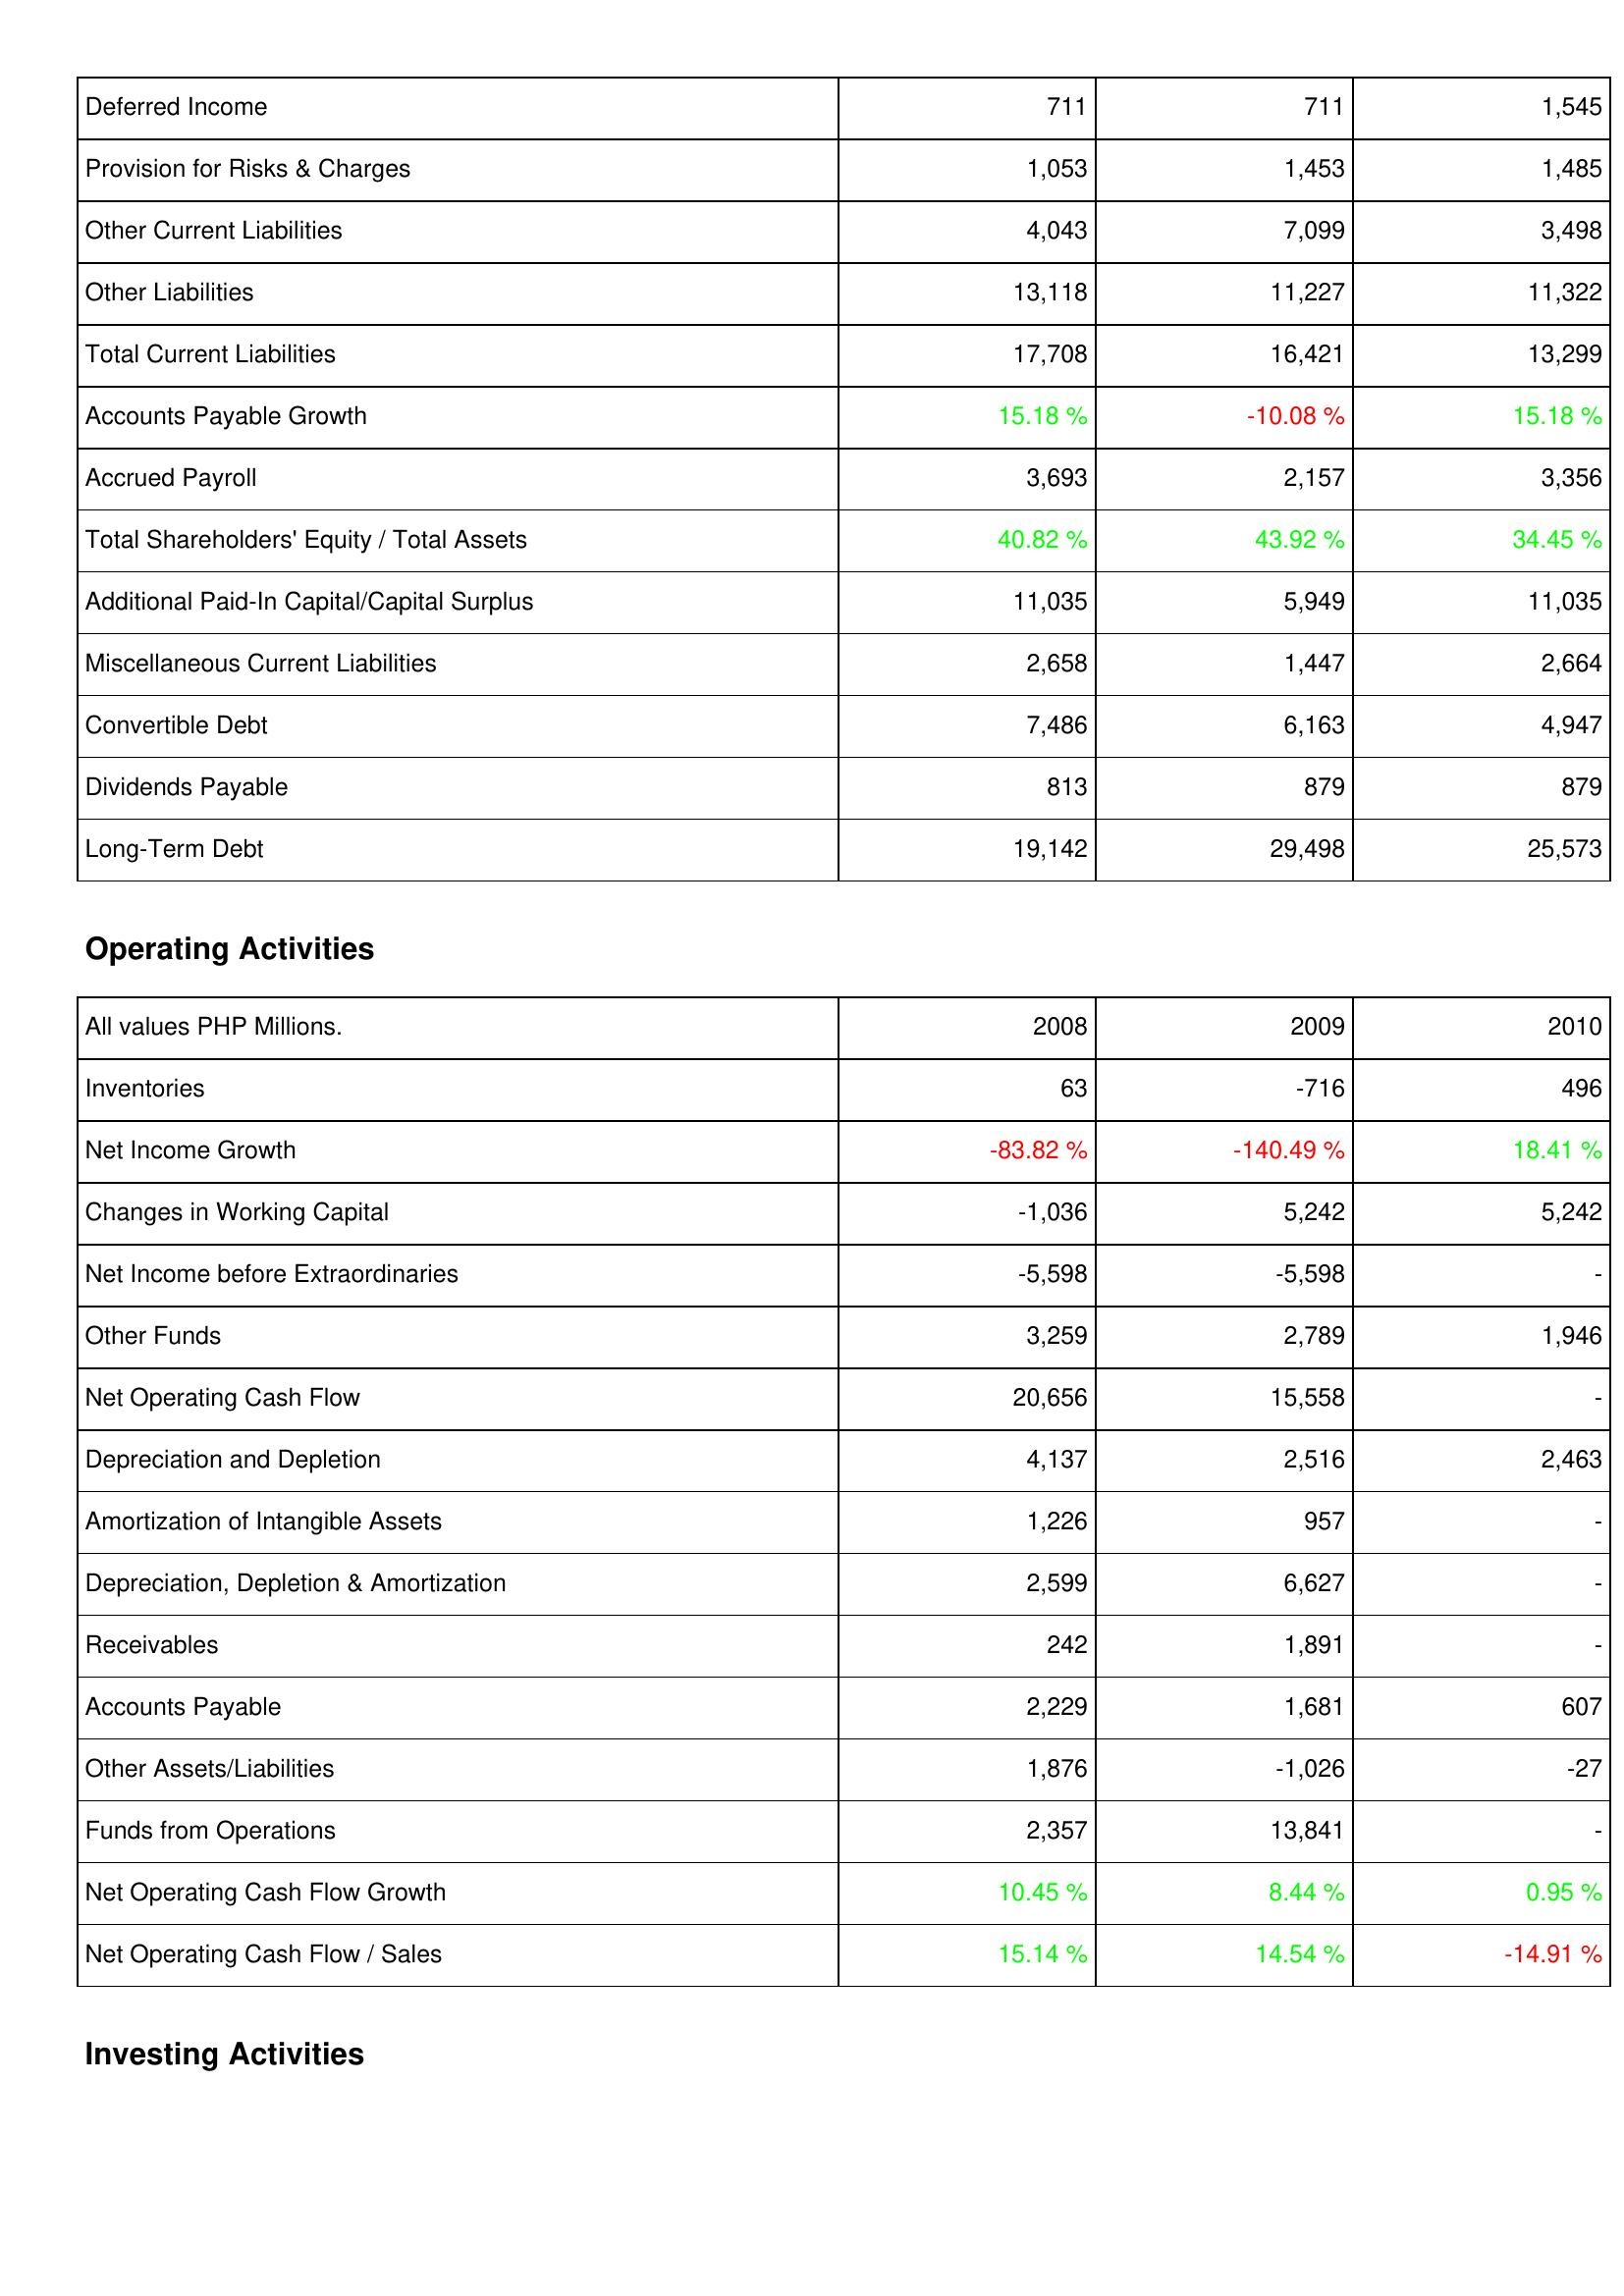
2008: Liabilities & Shareholders' Equity: Deferred Income: 711
Provision for Risks & Charges: 1,053
Other Current Liabilities: 4,043
Other Liabilities: 13,118
Total Current Liabilities: 17,708
Accounts Payable Growth: 15.18 %
Accrued Payroll: 3,693
Total Shareholders' Equity / Total Assets: 40.82 %
Additional Paid-In Capital/Capital Surplus: 11,035
Miscellaneous Current Liabilities: 2,658
Convertible Debt: 7,486
Dividends Payable: 813
Long-Term Debt: 19,142
Operating Activities: Inventories: 63
Net Income Growth: -83.82 %
Changes in Working Capital: -1,036
Net Income before Extraordinaries: -5,598
Other Funds: 3,259
Net Operating Cash Flow: 20,656
Depreciation and Depletion: 4,137
Amortization of Intangible Assets: 1,226
Depreciation, Depletion & Amortization: 2,599
Receivables: 242
Accounts Payable: 2,229
Other Assets/Liabilities: 1,876
Funds from Operations: 2,357
Net Operating Cash Flow Growth: 10.45 %
Net Operating Cash Flow / Sales: 15.14 %
2009: Liabilities & Shareholders' Equity: Deferred Income: 711
Provision for Risks & Charges: 1,453
Other Current Liabilities: 7,099
Other Liabilities: 11,227
Total Current Liabilities: 16,421
Accounts Payable Growth: -10.08 %
Accrued Payroll: 2,157
Total Shareholders' Equity / Total Assets: 43.92 %
Additional Paid-In Capital/Capital Surplus: 5,949
Miscellaneous Current Liabilities: 1,447
Convertible Debt: 6,163
Dividends Payable: 879
Long-Term Debt: 29,498
Operating Activities: Inventories: -716
Net Income Growth: -140.49 %
Changes in Working Capital: 5,242
Net Income before Extraordinaries: -5,598
Other Funds: 2,789
Net Operating Cash Flow: 15,558
Depreciation and Depletion: 2,516
Amortization of Intangible Assets: 957
Depreciation, Depletion & Amortization: 6,627
Receivables: 1,891
Accounts Payable: 1,681
Other Assets/Liabilities: -1,026
Funds from Operations: 13,841
Net Operating Cash Flow Growth: 8.44 %
Net Operating Cash Flow / Sales: 14.54 %
2010: Liabilities & Shareholders' Equity: Deferred Income: 1,545
Provision for Risks & Charges: 1,485
Other Current Liabilities: 3,498
Other Liabilities: 11,322
Total Current Liabilities: 13,299
Accounts Payable Growth: 15.18 %
Accrued Payroll: 3,356
Total Shareholders' Equity / Total Assets: 34.45 %
Additional Paid-In Capital/Capital Surplus: 11,035
Miscellaneous Current Liabilities: 2,664
Convertible Debt: 4,947
Dividends Payable: 879
Long-Term Debt: 25,573
Operating Activities: Inventories: 496
Net Income Growth: 18.41 %
Changes in Working Capital: 5,242
Net Income before Extraordinaries: -
Other Funds: 1,946
Net Operating Cash Flow: -
Depreciation and Depletion: 2,463
Amortization of Intangible Assets: -
Depreciation, Depletion & Amortization: -
Receivables: -
Accounts Payable: 607
Other Assets/Liabilities: -27
Funds from Operations: -
Net Operating Cash Flow Growth: 0.95 %
Net Operating Cash Flow / Sales: -14.91 %